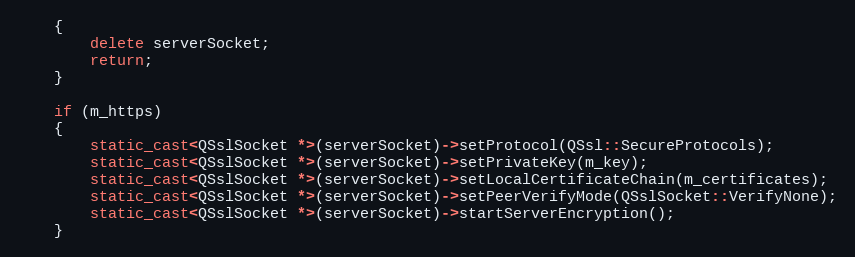
Language: C++
    {
        delete serverSocket;
        return;
    }

    if (m_https)
    {
        static_cast<QSslSocket *>(serverSocket)->setProtocol(QSsl::SecureProtocols);
        static_cast<QSslSocket *>(serverSocket)->setPrivateKey(m_key);
        static_cast<QSslSocket *>(serverSocket)->setLocalCertificateChain(m_certificates);
        static_cast<QSslSocket *>(serverSocket)->setPeerVerifyMode(QSslSocket::VerifyNone);
        static_cast<QSslSocket *>(serverSocket)->startServerEncryption();
    }